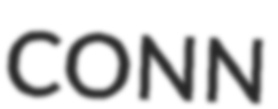
CONN